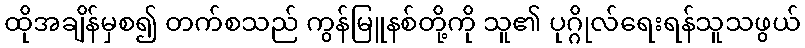
ထိုအချိန်မှစ၍ တက်စသည် ကွန်မြူနစ်တို့ကို သူ၏ ပုဂ္ဂိုလ်ရေးရန်သူသဖွယ်